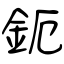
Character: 鈪